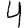
Digit: 4